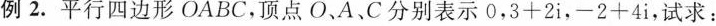
例2.平行四边形OABC，顶点O、A、C分别表示0，3+2i，-2+4i，试求：